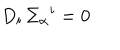
D _ { i } \, \Sigma _ { \alpha } { } ^ { i } = 0 \,